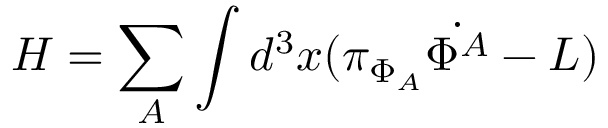
H = \sum _ { A } \int d ^ { 3 } x ( \pi _ { \Phi _ { A } } \dot { \Phi ^ { A } } - { \cal L } )